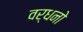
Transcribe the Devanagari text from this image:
वर्धनो